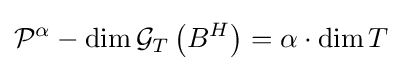
{\mathcal {P}}^{\alpha }-\dim {\mathcal {G}}_{T}\left(B^{H}\right)=\alpha \cdot \dim T